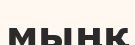
мыңқ